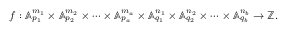
f : \mathbb { A } _ { p _ { 1 } } ^ { m _ { 1 } } \times \mathbb { A } _ { p _ { 2 } } ^ { m _ { 2 } } \times \dots \times \mathbb { A } _ { p _ { a } } ^ { m _ { a } } \times \mathbb { A } _ { q _ { 1 } } ^ { n _ { 1 } } \times \mathbb { A } _ { q _ { 2 } } ^ { n _ { 2 } } \times \dots \times \mathbb { A } _ { q _ { b } } ^ { n _ { b } } \rightarrow \mathbb { Z } .